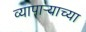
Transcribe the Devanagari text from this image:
व्यापार्‍याच्या